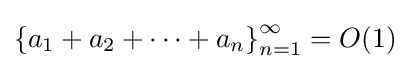
\left\{a_{1}+a_{2}+\cdots +a_{n}\right\}_{n=1}^{\infty }=O(1)